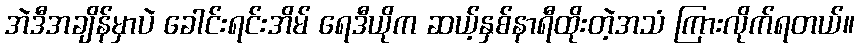
အဲဒီအချိန်မှာပဲ ခေါင်းရင်းအိမ် ရေဒီယိုက ဆယ့်နှစ်နာရီထိုးတဲ့အသံ ကြားလိုက်ရတယ်။